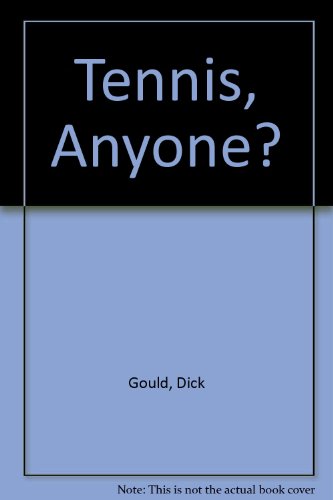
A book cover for Tennis, Anyone?; Dick Gould; Sports & Outdoors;